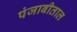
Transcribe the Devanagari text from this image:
पंजाबीताल